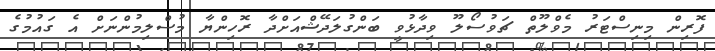
ފޮރިން މިނިސްޓަރު މެވްލޫތް ޗަވުސޯލޫ ވިދާޅުވީ ބަންގުލަދޭޝްއަށްދާ ރޮހިންޔާ މުސްލިމުންނަށް އެ ގައުމުގެ